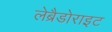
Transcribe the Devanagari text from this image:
लेब्रैडोराइट